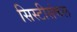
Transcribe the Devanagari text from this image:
सिस्टीसंकल